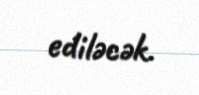
ediləcək.